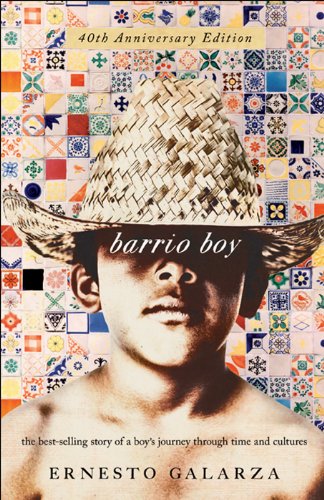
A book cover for Holt McDougal Library: Barrio Boy; HOLT MCDOUGAL; Biographies & Memoirs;